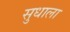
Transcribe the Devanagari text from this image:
सुधाला